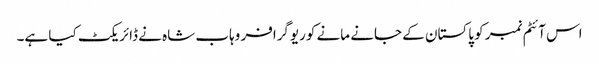
اس آئٹم نمبر کو پاکستان کے جانے مانے کوریوگرافر وہاب شاہ نے ڈائریکٹ کیا ہے۔